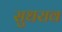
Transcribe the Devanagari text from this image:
सुधराव